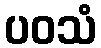
ပဝသံ